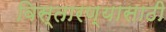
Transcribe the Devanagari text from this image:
विस्तारण्यासाठी